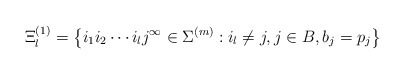
\begin{align*} \Xi_{l}^{(1)}=\left\{i_{1}i_{2}\cdots i_{l}j^{\infty}\in\Sigma^{(m)}: i_{l}\neq j, j\in B, b_{j}= p_{j}\right\}\end{align*}